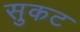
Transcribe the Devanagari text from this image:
सुकट